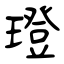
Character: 璒